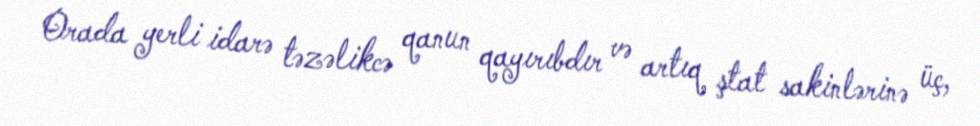
Orada yerli idarə təzəlikcə qanun qayırıbdır və artıq ştat sakinlərinə üç,